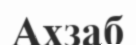
Ахзаб